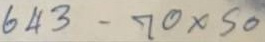
643 - 70 x 50